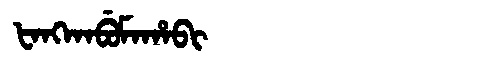
Manchu: ᡶᠠᠩᡴᠠᠪᡠᠮᠠᡥᠠᠪᡳ
Romanization: FANGKABUMAHABI